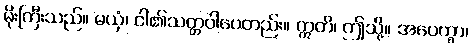
မိုးကြီးသည်။ မယှံ၊ ငါ၏သတ္တဝါပေတည်း။ ဣတိ၊ ဤသို့။ အပေက္ခာ၊